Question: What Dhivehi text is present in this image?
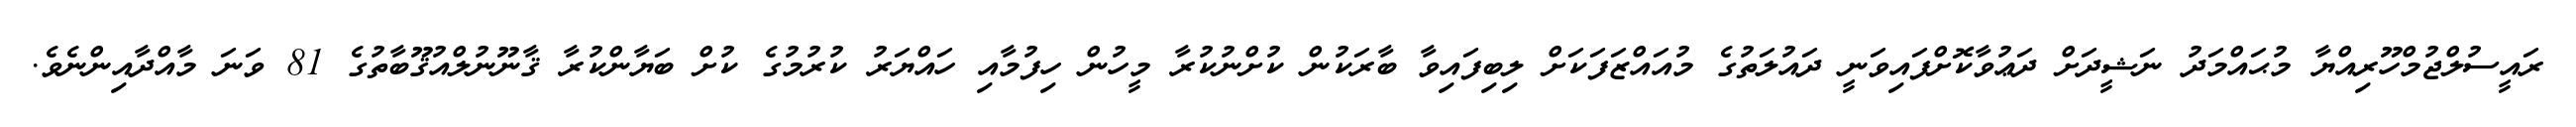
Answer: ރައީސުލްޖުމްހޫރިއްޔާ މުޙައްމަދު ނަޝީދަށް ދަޢުވާކޮށްފައިވަނީ ދައުލަތުގެ މުއައްޒަފަކަށް ލިބިފައިވާ ބާރަކުން ކުށްނުކުރާ މީހުން ހިފުމާއި ހައްޔަރު ކުރުމުގެ ކުށް ބަޔާންކުރާ ޤާނޫނުލްއުޤޫބާތުގެ 81 ވަނަ މާއްދާއިންނެވެ.